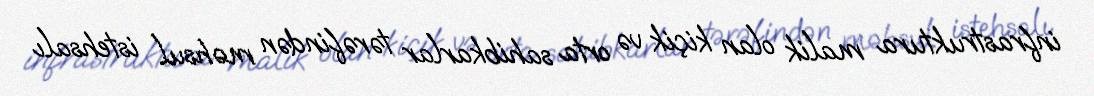
infrastruktura malik olan kiçik və orta sahibkarlar tərəfindən məhsul istehsalı